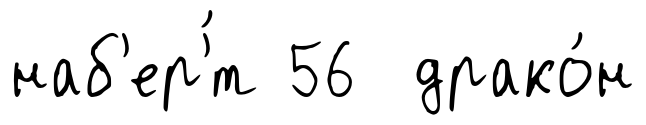
наб'ер'́т 56 драко́н